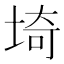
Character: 埼